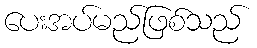
ပေးအပ်မည်ဖြစ်သည်